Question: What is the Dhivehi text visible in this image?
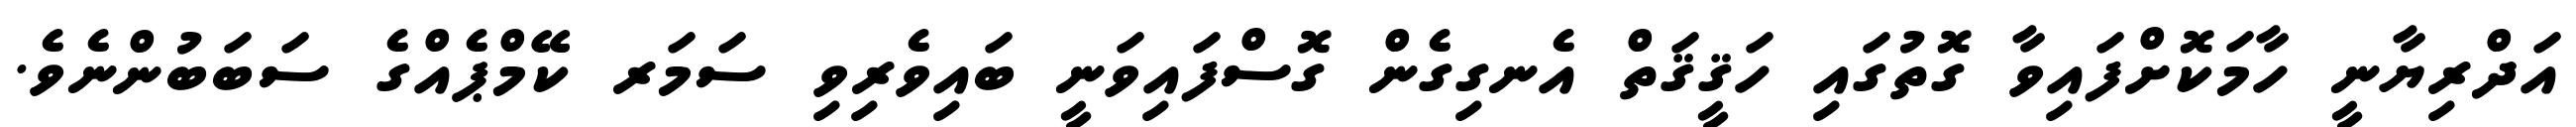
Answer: އަދްރިޔާނީ ހާމަކޮށްފައިވާ ގޮތުގައި ހަޤީޤަތް އެނގިގެން ގޮސްފައިވަނީ ބައިވެރިވި ސަމަރ ކޭމްޕެއްގެ ސަބަބުންނެވެ.